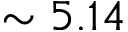
\sim 5 . 1 4